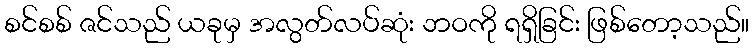
စင်စစ် ဇင်သည် ယခုမှ အလွတ်လပ်ဆုံး ဘဝကို ရရှိခြင်း ဖြစ်တော့သည်။